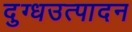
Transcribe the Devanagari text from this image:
दुग्धउत्पादन